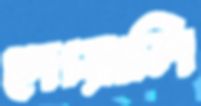
দোয়ালি